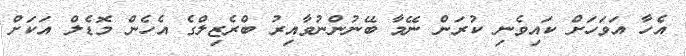
އެހާ އަވަހަށް ކައިވެނި ކުރަން ނޭމާ ބޭނުންނުވާއިރު ބްރެޒިލްގެ އެހެން މޮޑެލް އަކަށް